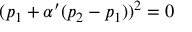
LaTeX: ( p _ { 1 } + \alpha ^ { \prime } ( p _ { 2 } - p _ { 1 } ) ) ^ { 2 } = 0